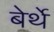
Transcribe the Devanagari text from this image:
बेर्थे